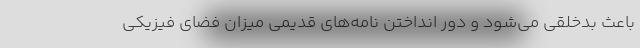
باعث بدخلقی می‌شود و دور انداختن نامه‌های قدیمی میزان فضای فیزیکی